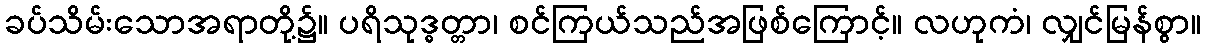
ခပ်သိမ်းသောအရာတို့၌။ ပရိသုဒ္ဓတ္တာ၊ စင်ကြယ်သည်အဖြစ်ကြောင့်။ လဟုကံ၊ လျှင်မြန်စွာ။